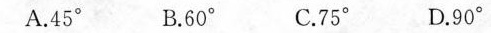
A.45° B.60° C.75° D.90°